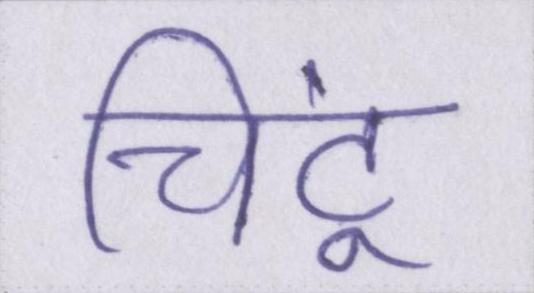
चिंटू